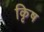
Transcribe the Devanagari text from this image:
कृिष